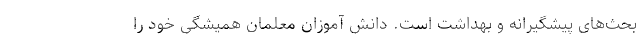
بحث‌‌های پیشگیرانه و بهداشت است. دانش آموزان معلمان همیشگی خود را